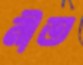
নীত